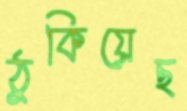
ঠুকিয়েছ